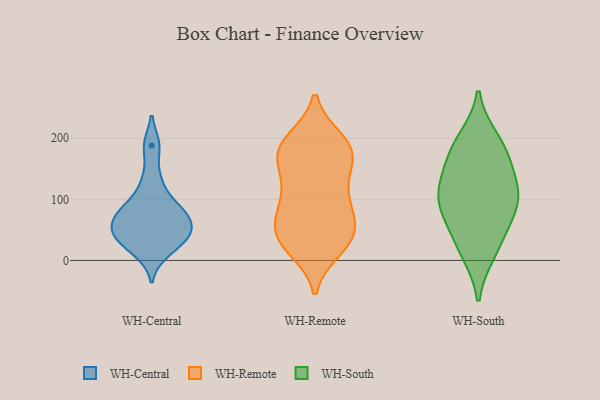
{"axis": {"x": "Active Users", "y": "Value"}, "legend": ["WH-Central", "WH-Remote", "WH-South"], "data": [{"x": "", "y": 88, "type": "WH-Central"}, {"x": "", "y": 77, "type": "WH-Central"}, {"x": "", "y": 45, "type": "WH-Central"}, {"x": "", "y": 77, "type": "WH-Central"}, {"x": "", "y": 13, "type": "WH-Central"}, {"x": "", "y": 36, "type": "WH-Central"}, {"x": "", "y": 188, "type": "WH-Central"}, {"x": "", "y": 57, "type": "WH-Central"}, {"x": "", "y": 39, "type": "WH-Central"}, {"x": "", "y": 129, "type": "WH-Central"}, {"x": "", "y": 179, "type": "WH-Remote"}, {"x": "", "y": 105, "type": "WH-Remote"}, {"x": "", "y": 70, "type": "WH-Remote"}, {"x": "", "y": 37, "type": "WH-Remote"}, {"x": "", "y": 193, "type": "WH-Remote"}, {"x": "", "y": 20, "type": "WH-Remote"}, {"x": "", "y": 25, "type": "WH-Remote"}, {"x": "", "y": 162, "type": "WH-Remote"}, {"x": "", "y": 162, "type": "WH-Remote"}, {"x": "", "y": 160, "type": "WH-Remote"}, {"x": "", "y": 69, "type": "WH-Remote"}, {"x": "", "y": 196, "type": "WH-Remote"}, {"x": "", "y": 81, "type": "WH-Remote"}, {"x": "", "y": 179, "type": "WH-Remote"}, {"x": "", "y": 109, "type": "WH-Remote"}, {"x": "", "y": 192, "type": "WH-Remote"}, {"x": "", "y": 35, "type": "WH-Remote"}, {"x": "", "y": 114, "type": "WH-Remote"}, {"x": "", "y": 39, "type": "WH-Remote"}, {"x": "", "y": 45, "type": "WH-Remote"}, {"x": "", "y": 15, "type": "WH-South"}, {"x": "", "y": 80, "type": "WH-South"}, {"x": "", "y": 196, "type": "WH-South"}, {"x": "", "y": 115, "type": "WH-South"}, {"x": "", "y": 31, "type": "WH-South"}, {"x": "", "y": 108, "type": "WH-South"}, {"x": "", "y": 81, "type": "WH-South"}, {"x": "", "y": 119, "type": "WH-South"}, {"x": "", "y": 173, "type": "WH-South"}, {"x": "", "y": 174, "type": "WH-South"}]}